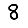
Digit: 8